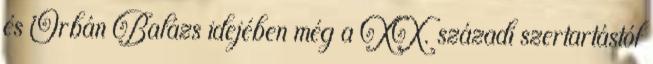
és Orbán Balázs idejében még a XX. századi szertartástól